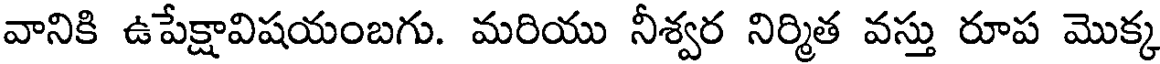
వానికి ఉపేక్షావిషయంబగు. మరియు నీశ్వర నిర్మిత వస్తు రూప మొక్క